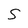
Character: 5